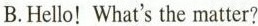
B.Hello! What's the matter?